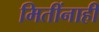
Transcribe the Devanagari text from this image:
मितींनाही